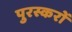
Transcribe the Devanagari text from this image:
पुरस्करों